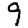
Digit: 9